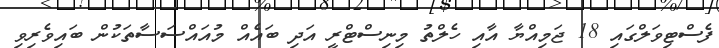
ފެސްޓިވަލްގައި 18 ޖަމިއްޔާ އާއި ހެލްތު މިނިސްޓްރީ އަދި ބައެއް މުއައްސަސާތަކުން ބައިވެރިވި